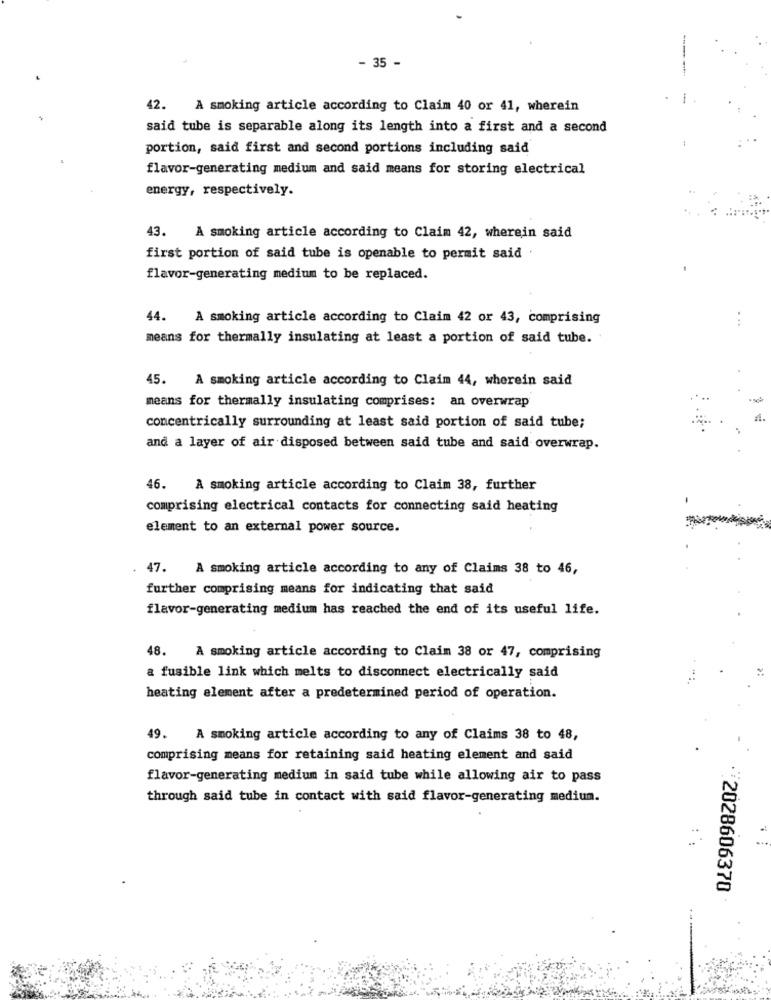
- 35 -
-----
-
42. A smoking article according to Claim 40 or 41, wherein
said tube is separable along its length into a first and a second
portion, said first and second portions including said
flavor-generating medium and said means for storing electrical
energy, respectively.
43. A smoking article according to Claim 42, wherein said
first portion of said tube is openable to permit said
flavor-generating medium to be replaced.
44. A smoking article according to Claim 42 or 43, comprising
...
means for thermally insulating at least a portion of said tube.
45.
A smoking article according to Claim 44, wherein said
means for thermally insulating comprises: an overwrap
concentrically surrounding at least said portion of said tube;
and a layer of air disposed between said tube and said overwrap.
46. A smoking article according to Claim 38, further
comprising electrical contacts for connecting said heating
element to an external power source.
47. A smoking article according to any of Claims 38 to 46,
further comprising means for indicating that said
flavor-generating medium has reached the end of its useful life.
48.
A smoking article according to Claim 38 or 47, comprising
a fusible link which melts to disconnect electrically said
heating element after a predetermined period of operation.
49. A smoking article according to any of Claims 38 to 48,
comprising means for retaining said heating element and said
flavor-generating medium in said tube while allowing air to pass
through said tube in contact with said flavor-generating medium.
·¥2028606370